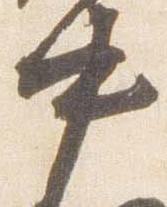
中